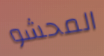
المحشو